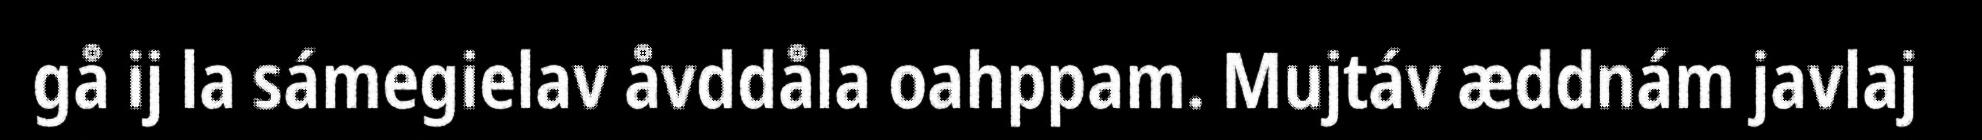
gå ij la sámegielav åvddåla oahppam. Mujtáv æddnám javlaj